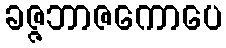
ခဇ္ဇဘာဇကောပေ